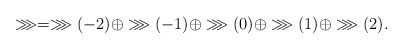
\begin{align*}\ggg=\ggg(-2)\oplus\ggg(-1)\oplus\ggg(0)\oplus\ggg(1)\oplus\ggg(2).\end{align*}